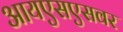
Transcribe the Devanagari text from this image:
आयएसएसवर